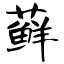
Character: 藓